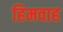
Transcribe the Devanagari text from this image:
हिमवाह